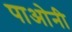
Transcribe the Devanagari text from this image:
पाओनी